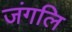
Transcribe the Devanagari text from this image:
जंगलि